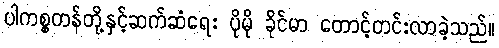
ပါကစ္စတန်တို့နှင့်ဆက်ဆံရေး ပိုမို ခိုင်မာ တောင့်တင်းလာခဲ့သည်။